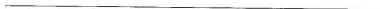
___